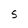
Character: S